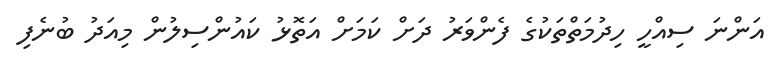
އަންނަ ސިއްހީ ހިދުމަތްތަކުގެ ފެންވަރު ދަށް ކަމަށް އަތޮޅު ކައުންސިލުން މިއަދު ބުނެފި